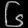
Digit: ၆